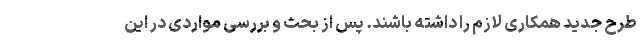
طرح جدید همکاری لازم را داشته باشند. پس از بحث و بررسی مواردی در این